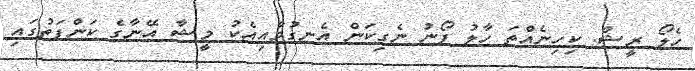
ހެލޯ ރީޝް. ކިހިނެއްތަ ހާލު ފޯނު ނެގިކަން އެނގުމާއިއެކު މީޝާ އޭނާގެ ކަންފަތުގައި